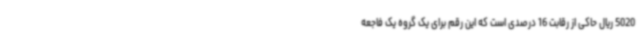
5020 ریال حاکی از رقابت 16 درصدی است که این رقم برای یک گروه یک فاجعه